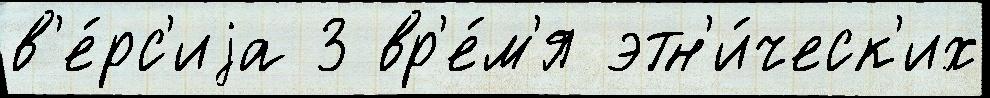
в'е́рс'иjа 3 вр'е́м'я этн'и́ческ'их